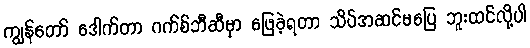
ကျွန်တော် ဒေါက်တာ ဂက်စ်ဘီဆီမှာ ဖြေခဲ့ရတာ သိပ်အဆင်မပြေ ဘူးထင်လို့ပါ